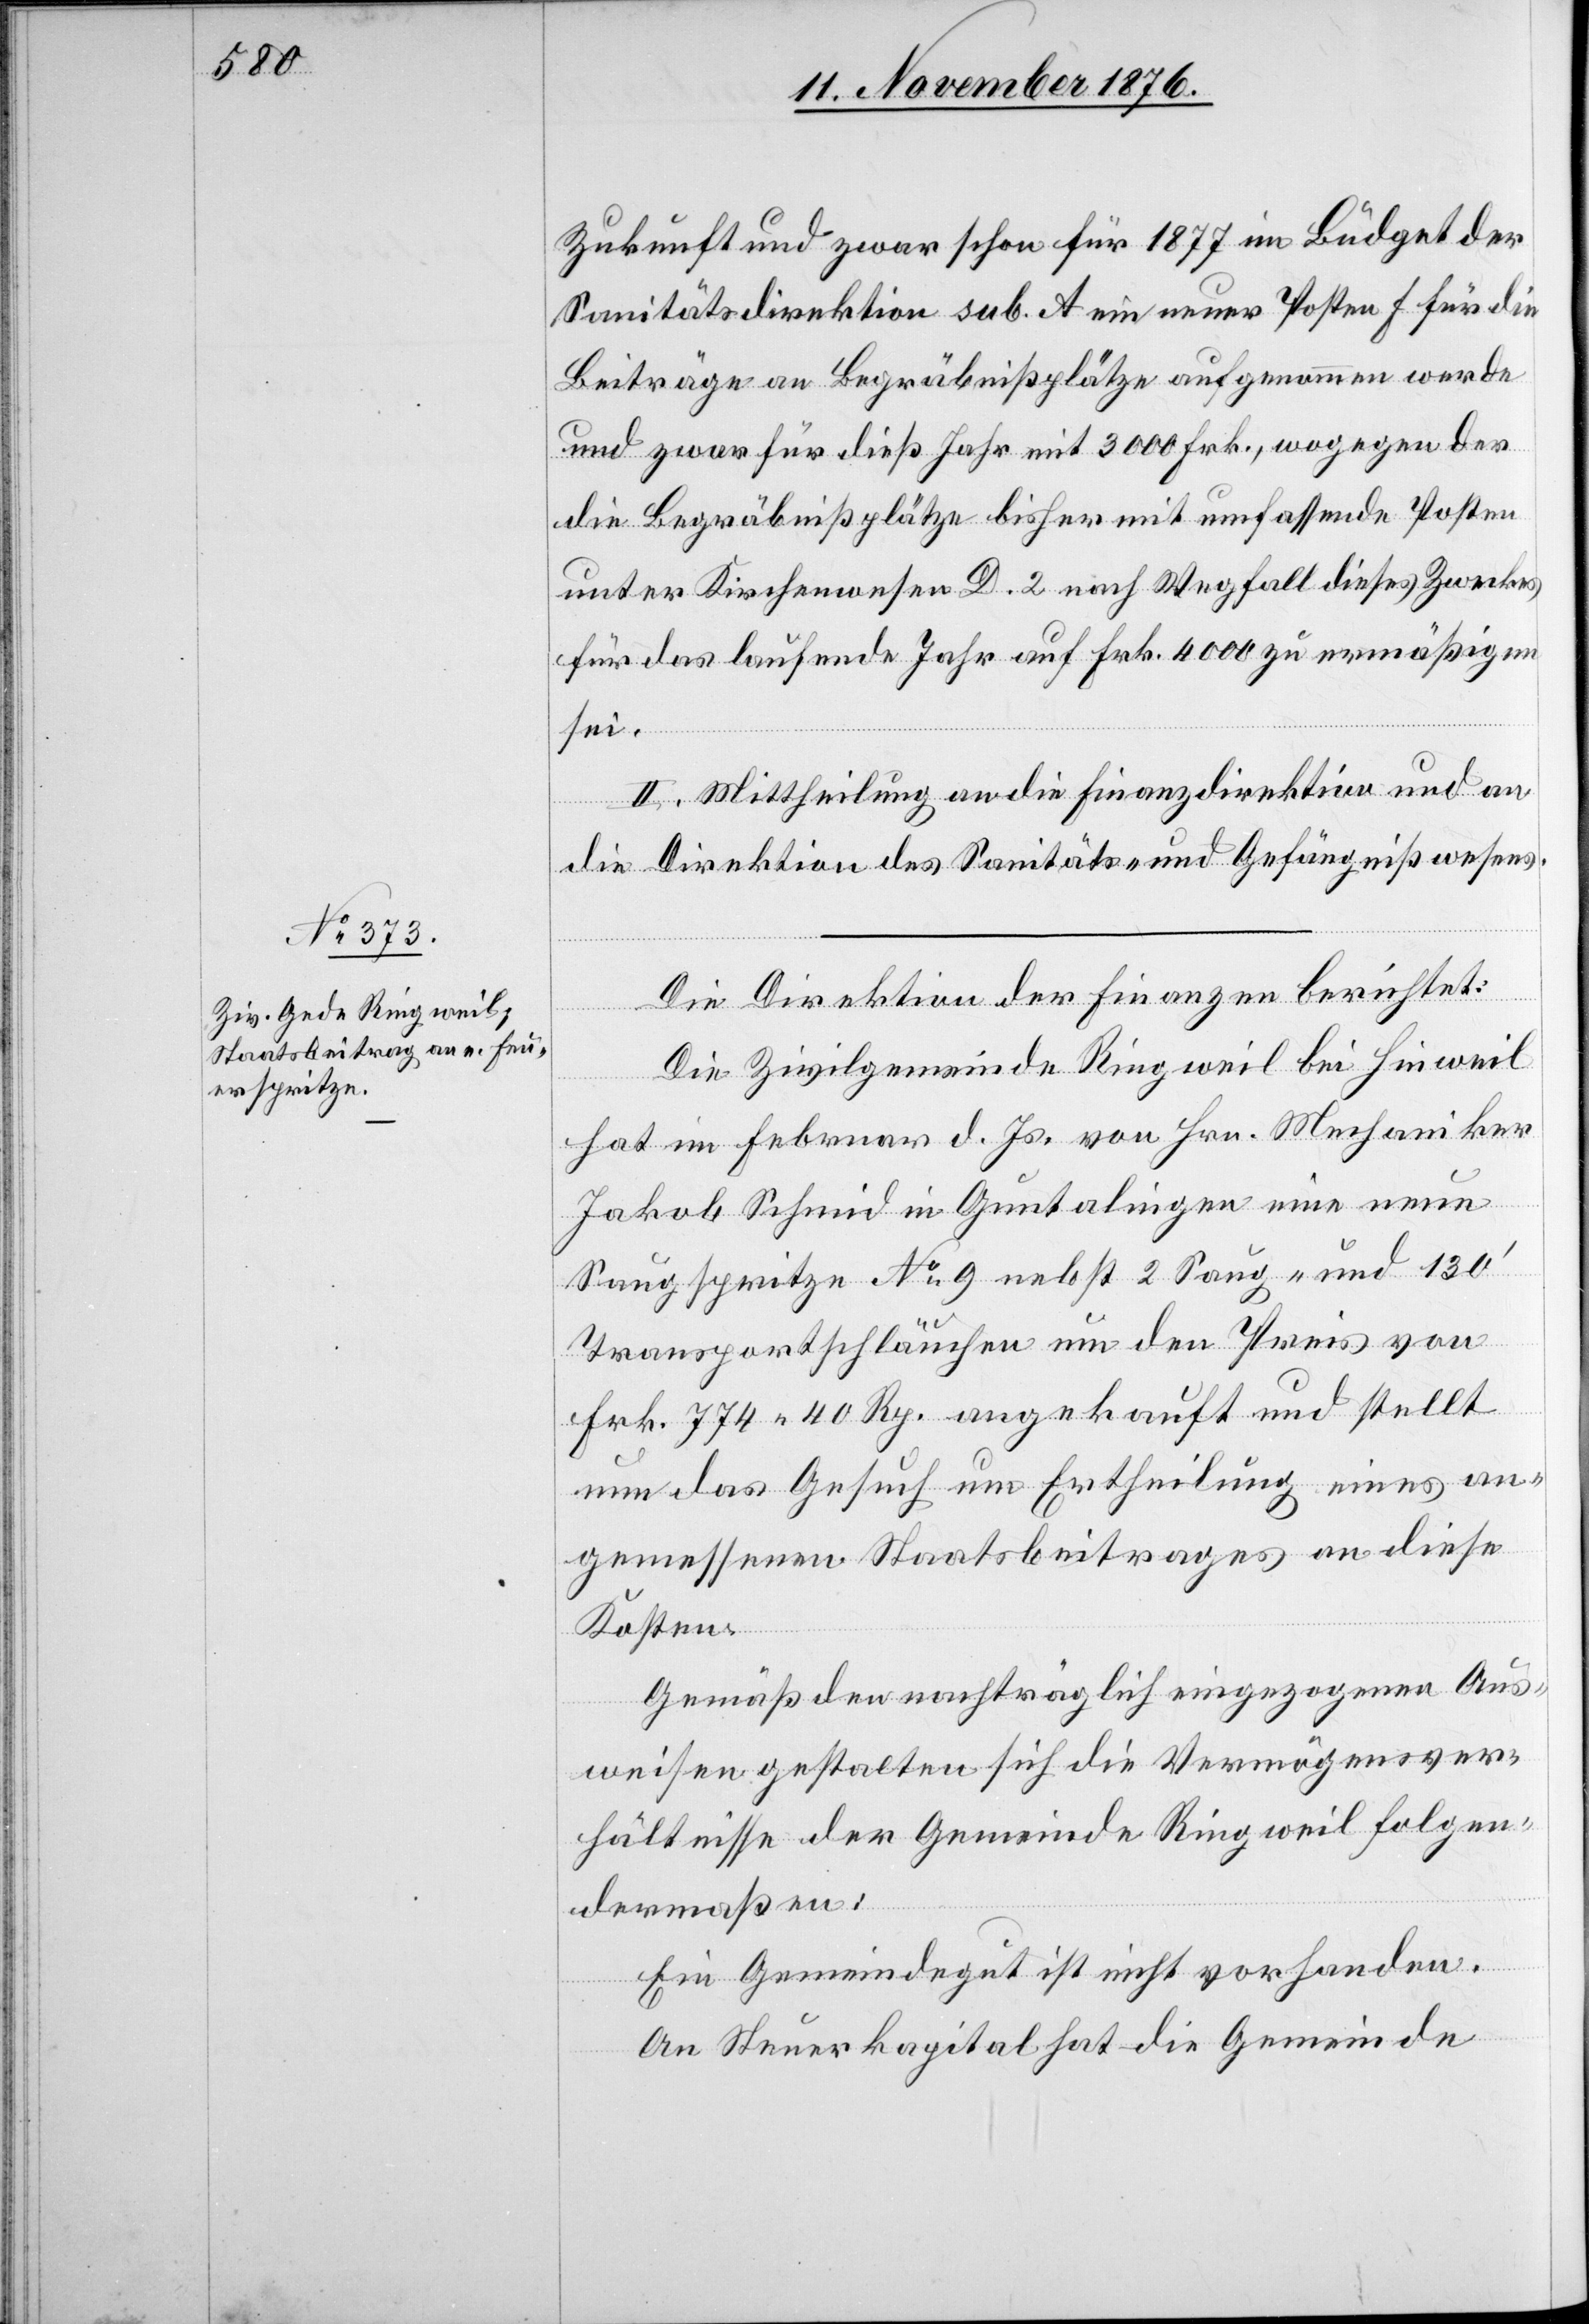
Zukunft und zwar schon für 1877 im Büdget der
Sanitätsdirektion sub. A ein neuer Posten f für die
Beiträge an Begräbnißplätze aufgenommen werde
und zwar für dieß Jahr mit 3000 Frk., wogegen der
die Begräbnißplätze bisher mitumfassende Posten
unter Kirchenwesen D. 2 nach Wegfall dieses Zwecks
für das laufende Jahr auf Frk. 4000 zu ermäßigen
sei.
II. Mittheilung an die Finanzdirektion und an
die Direktion des Sanitäts- und Gefängnißwesens.
Die Direktion der Finanzen berichtet:
Die Zivilgemeinde Ringweil bei Hinweil
hat im Februar d. Js. von Hrn. Mechaniker
Jakob Schmid in Guntalingen eine neue
Saugspritze No 9 nebst 2 Saug- und 130‘
Transportschläuchen um den Preis von
Frk. 744 40 Rp. angekauft und stellt
nun das Gesuch um Ertheilung eines an¬
gemessenen Staatsbeitrages an diese
Kosten.
Gemäß den nachträglich eingezogenen Aus¬
weisen gestalten sich die Vermögensver¬
hältnisse der Gemeinde Ringweil folgen¬
dermaßen:
Ein Gemeindegut ist nicht vorhanden.
An Steuerkapital hat die Gemeinde